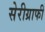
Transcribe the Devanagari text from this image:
सेरीग्राफी